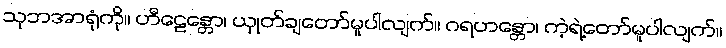
သုဘအာရုံကို။ ဟီဠေန္တော၊ ယှုတ်ချတော်မူပါလျက်။ ဂရဟန္တော၊ ကဲ့ရဲ့တော်မူပါလျက်။